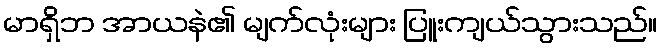
မာရှိဘ အာယနဲ၏ မျက်လုံးများ ပြူးကျယ်သွားသည်။